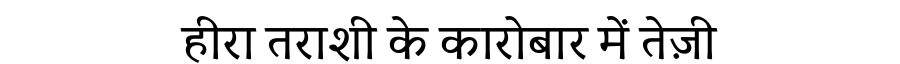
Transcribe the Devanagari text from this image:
हीरा तराशी के कारोबार में तेज़ी